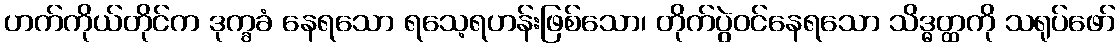
ဟက်ကိုယ်တိုင်က ဒုက္ခခံ နေရသော ရသေ့ရဟန်းဖြစ်သော၊ တိုက်ပွဲဝင်နေရသော သိဒ္ဓတ္ထကို သရုပ်ဖော်